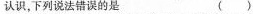
认识，下列说法错误的是 ( )